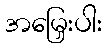
အမြှေးပါး